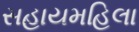
સહાયમહિલા